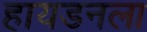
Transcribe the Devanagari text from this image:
हायडनला